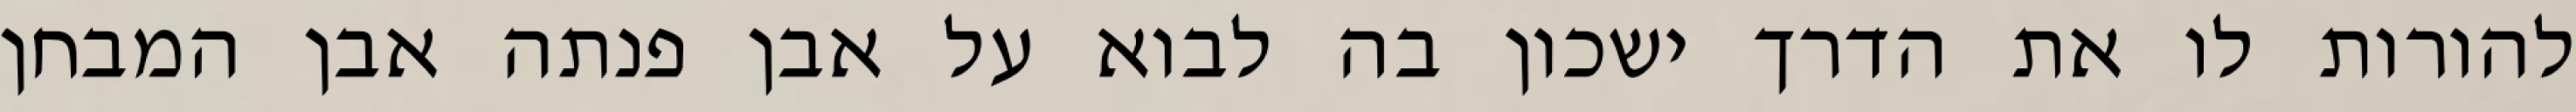
להורות לו את הדרך ישכון בה לבוא על אבן פנתה אבן המבחן